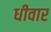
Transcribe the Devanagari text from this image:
धीवार